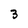
Character: 3